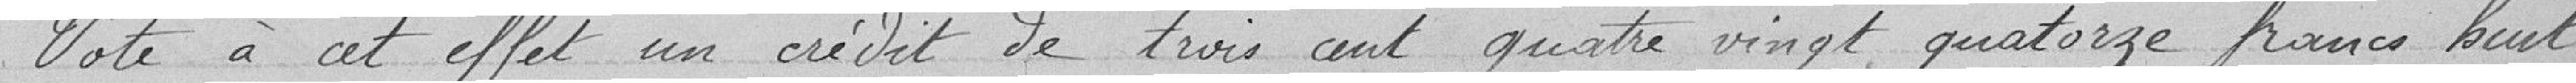
Vote à cet effet un crédit de trois cent quatre vingt quatorze francs huit